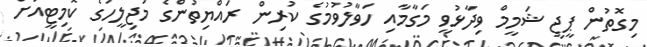
މިގޮތުން ޕީޖީ ޝަމީމް ވިދާޅުވީ މަގާމާއި ހަވާލުވުމުގެ ކުރިން ރައްޔިތުންގެ މަޖިލީހުގެ ކޮމިޓީއަށް